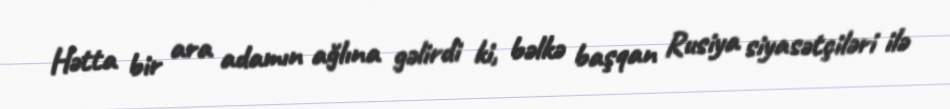
Hətta bir ara adamın ağlına gəlirdi ki, bəlkə başqan Rusiya siyasətçiləri ilə